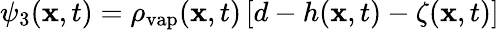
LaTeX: \psi_{3}(\mathbf x,t)=\rho_{\mathrm{vap}}(\mathbf x,t)\, [d-h(\mathbf x,t)-\zeta(\mathbf x,t)]